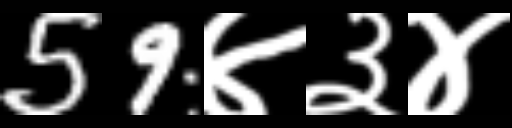
Text: 59४३४